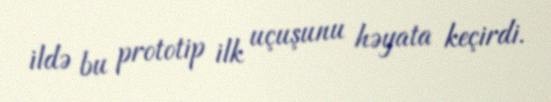
ildə bu prototip ilk uçuşunu həyata keçirdi.